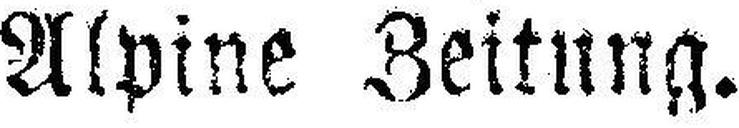
Alpine Zeitung.